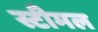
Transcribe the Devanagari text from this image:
स्टीमल